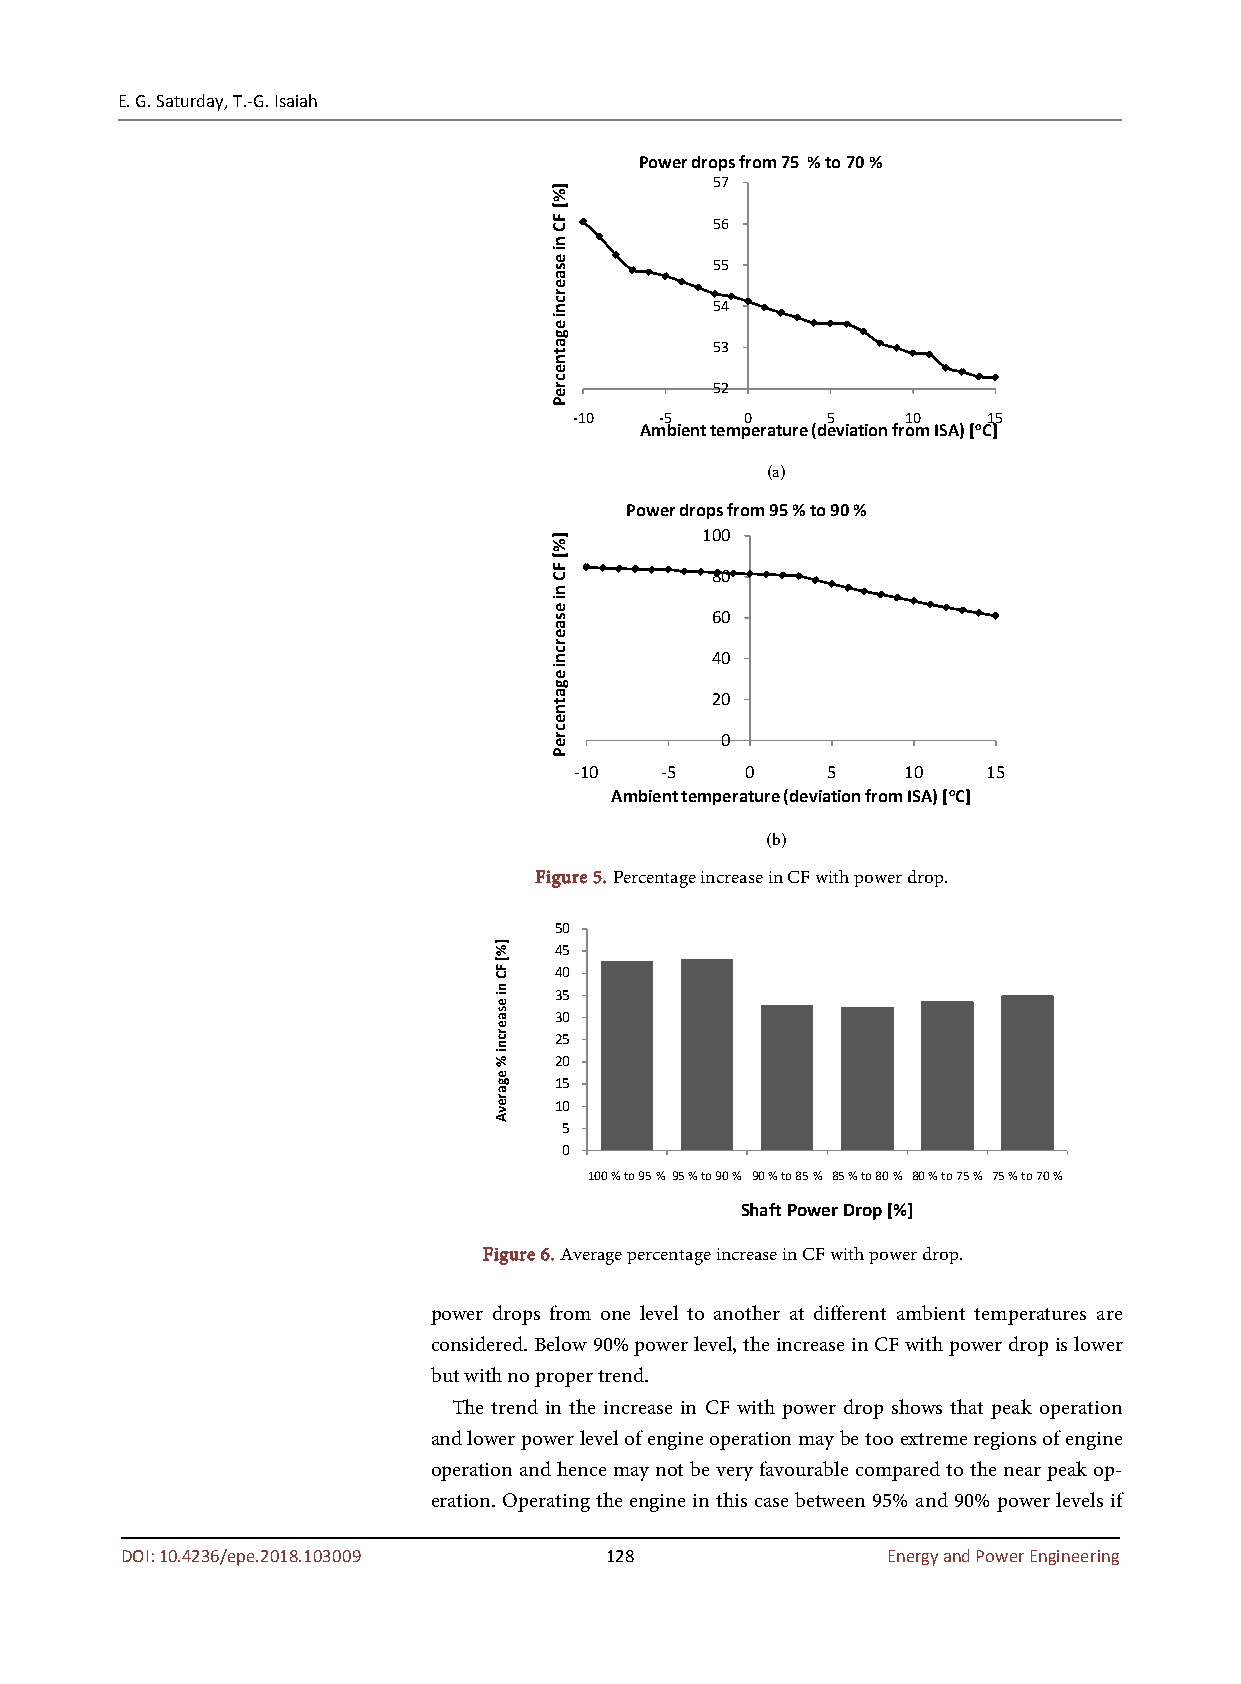
E. G. Saturday, T.-G. Isaiah
 Power drops from 75 % to 70 %
 57
 56
 55
 54
 53
 52
 -10   -5   0     5    10   15
 Ambient temperature (deviation from ISA) [oC]
 (a)
 Power drops from 95 % to 90 %
 100
 80
 60
 40
 20
 0
 -10   -5   0     5    10   15
 Ambient temperature (deviation from ISA) [oC]
 (b)
 Figure 5. Percentage increase in CF with power drop.
 50
 45
 40
 35
 30
 25
 20
 15
 10
 5
 0
 100 % to 95 % 95 % to 90 % 90 % to 85 % 85 % to 80 % 80 % to 75 % 75 % to 70 %
 Shaft Power Drop [%]
 Figure 6. Average percentage increase in CF with power drop.
 power drops from one level to another at different ambient temperatures are
 considered. Below 90% power level, the increase in CF with power drop is lower
 but with no proper trend.
 The trend in the increase in CF with power drop shows that peak operation
 and lower power level of engine operation may be too extreme regions of engine
 operation and hence may not be very favourable compared to the near peak op-
 eration. Operating the engine in this case between 95% and 90% power levels if
 DOI: 10.4236/epe.2018.103009    128                Energy and Power Engineering
 ]%[
 FC
 ni
 esaercni
 %
 egarevA
 ]%[
 FC
 ni
 esaercni
 egatnecreP
 ]%[
 FC
 ni
 esaercni
 egatnecreP